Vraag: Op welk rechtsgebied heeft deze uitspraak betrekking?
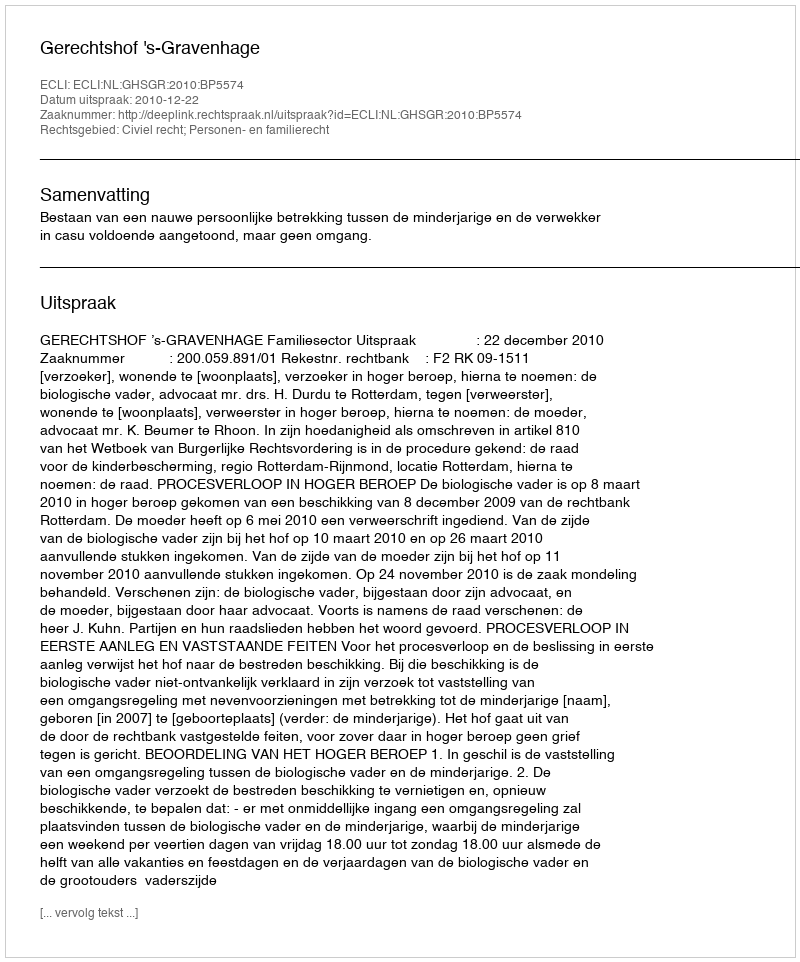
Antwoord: Civiel recht; Personen- en familierecht